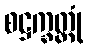
စဋ္ဌက္ခတ္တုံ